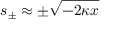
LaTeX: s _ { \pm } \approx \pm \sqrt { - 2 \kappa x }